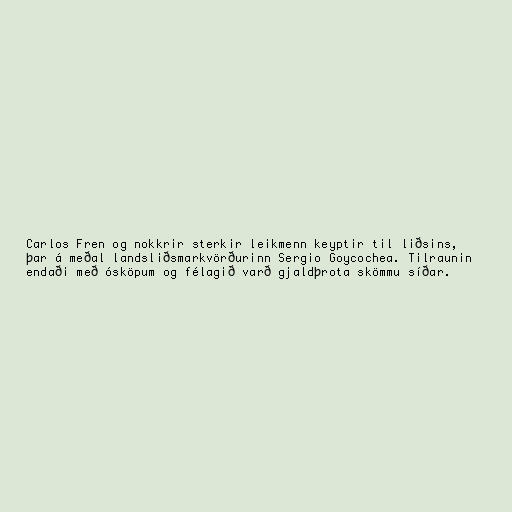
Carlos Fren og nokkrir sterkir leikmenn keyptir til liðsins,
þar á meðal landsliðsmarkvörðurinn Sergio Goycochea. Tilraunin
endaði með ósköpum og félagið varð gjaldþrota skömmu síðar.